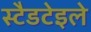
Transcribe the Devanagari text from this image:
स्टैडटेइले